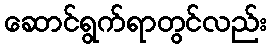
ဆောင်ရွက်ရာတွင်လည်း